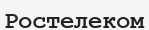
Ростелеком